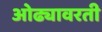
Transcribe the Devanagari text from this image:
ओढ्यावरती